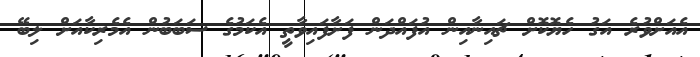
އެއަށްވުރެ އަގު ހެޔޮކޮށް ޗައިނާއިން އުފައްދަން ފަށާފައިވާތީ އެކަމުގެ ސަބަބުން އެމެރިކާއަށް ލިބޭ